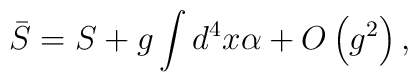
\bar S=S+g\int d^4x\alpha +O\left( g^2\right) ,